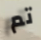
تم